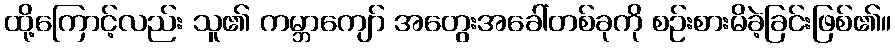
ထို့ကြောင့်လည်း သူ၏ ကမ္ဘာကျော် အတွေးအခေါ်တစ်ခုကို စဉ်းစားမိခဲ့ခြင်းဖြစ်၏။